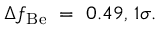
\Delta f _ { \mathrm { B e } } ~ = ~ 0 . 4 9 , \, 1 \sigma .